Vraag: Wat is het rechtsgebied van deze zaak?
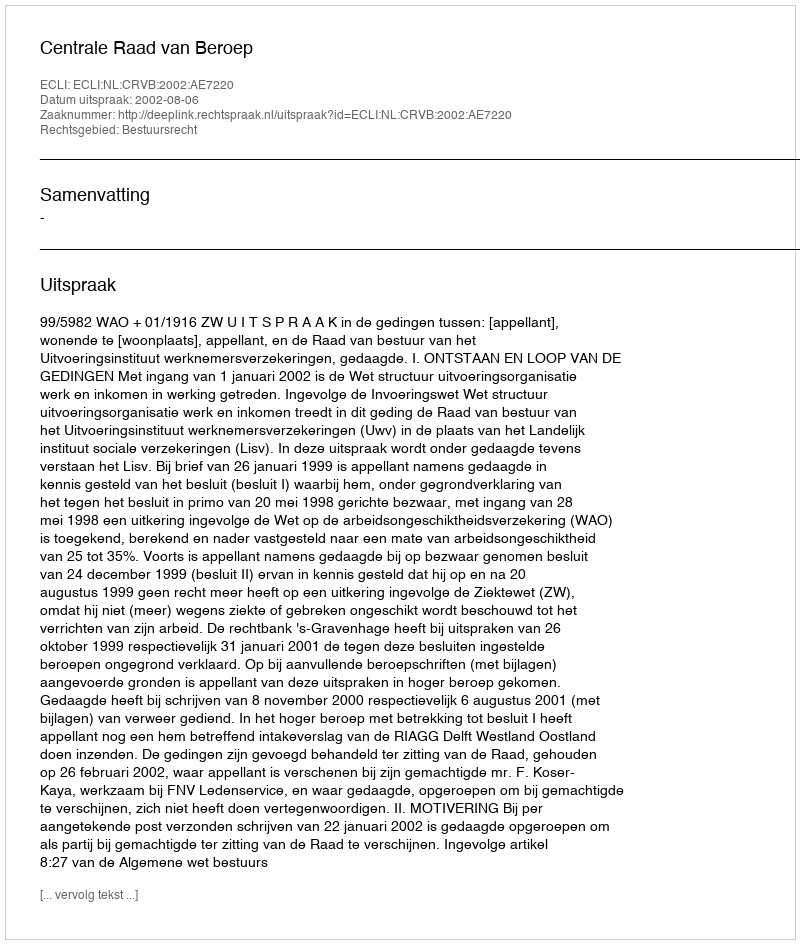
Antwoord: Bestuursrecht